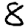
Digit: 8